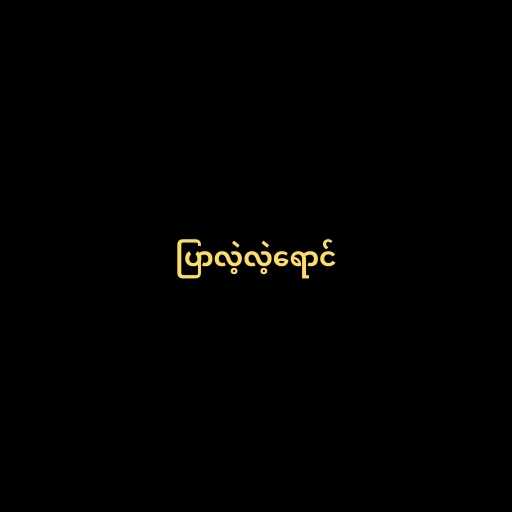
ပြာလဲ့လဲ့ရောင်